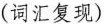
(词汇复现)